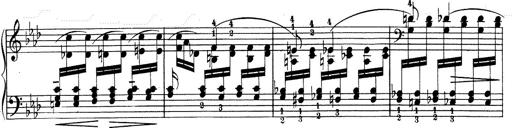
Title: Weinen, Klagen, Sorgen, Zagen
Composer: Franz Liszt